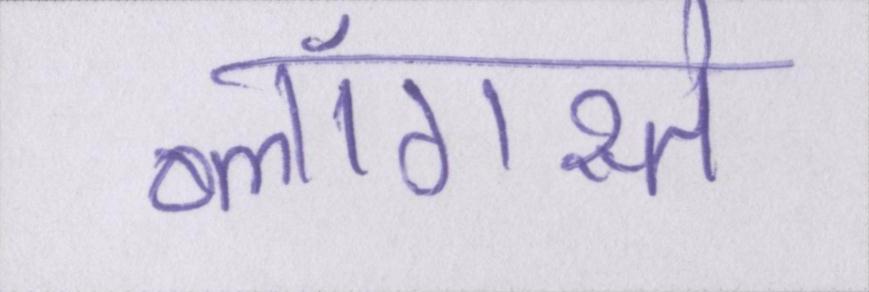
ब्लॉगस्ते